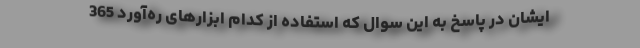
ایشان در پاسخ به این سوال که استفاده از کدام ابزارهای ره‌آورد 365